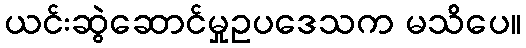
ယင်းဆွဲဆောင်မှုဥပဒေသက မသိပေ။